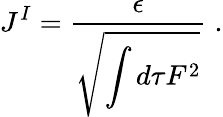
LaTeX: J^{I}={\frac{\epsilon}{\displaystyle\sqrt{\int d\tau F^{2}}}}\; .